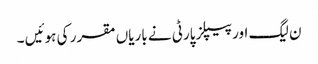
ن لیگ اور پیپلز پارٹی نے باریاں مقرر کی ہوئیں ۔